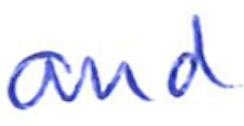
Text: and
Cross-out: clean
Writing tool: ballpoint